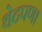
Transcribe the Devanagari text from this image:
थेटपणा